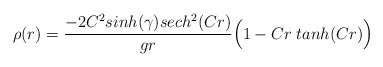
\begin{align*}\rho (r) ={ - 2 C^2 sinh (\gamma) sech ^2 (C r) \over g r} \Big( 1 - C r \; tanh(C r) \Big)\end{align*}